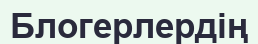
Блогерлердің